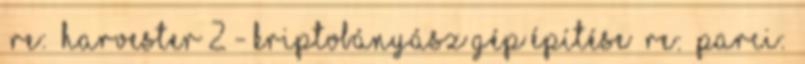
Re: Harvester 2 - Kriptobányász gép építése Re: Parci: